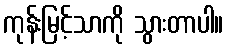
ကုန်းမြင့်သာကို သွားတာပါ။